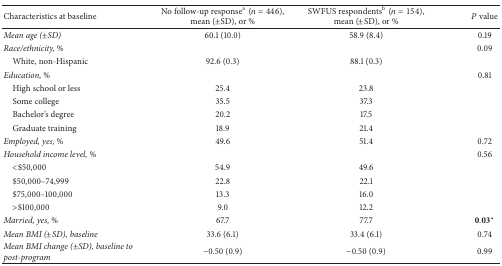
<table><thead><tr><td><b>Characteristics at baseline</b></td><td><b>No follow-up response<sup>a</sup>(<i>n</i> = 446),mean (±SD), or %</b></td><td><b>SWFUS respondents<sup>b</sup>(<i>n</i> = 154),mean (±SD), or %</b></td><td><b><i>P</i> value</b></td></tr></thead><tbody><tr><td><i>Mean age (±SD)</i></td><td>60.1 (10.0)</td><td>58.9 (8.4)</td><td>0.19</td></tr><tr><td><i>Race/ethnicity, %</i></td><td> </td><td> </td><td>0.09</td></tr><tr><td> White, non-Hispanic</td><td>92.6 (0.3)</td><td>88.1 (0.3)</td><td> </td></tr><tr><td><i>Education, %</i></td><td> </td><td> </td><td>0.81</td></tr><tr><td> High school or less</td><td>25.4</td><td>23.8</td><td> </td></tr><tr><td> Some college</td><td>35.5</td><td>37.3</td><td> </td></tr><tr><td> Bachelor&#x27;s degree</td><td>20.2</td><td>17.5</td><td> </td></tr><tr><td> Graduate training</td><td>18.9</td><td>21.4</td><td> </td></tr><tr><td><i>Employed, yes, %</i></td><td>49.6</td><td>51.4</td><td>0.72</td></tr><tr><td><i>Household income level, %</i></td><td> </td><td> </td><td>0.56</td></tr><tr><td> &lt;$50,000</td><td>54.9</td><td>49.6</td><td> </td></tr><tr><td> $50,000–74,999</td><td>22.8</td><td>22.1</td><td> </td></tr><tr><td> $75,000–100,000</td><td>13.3</td><td>16.0</td><td> </td></tr><tr><td> &gt;$100,000</td><td>9.0</td><td>12.2</td><td> </td></tr><tr><td><i>Married, yes, %</i></td><td>67.7</td><td>77.7</td><td>0.03<sup><i>∗</i></sup></td></tr><tr><td><i>Mean BMI (±SD), baseline</i></td><td>33.6 (6.1)</td><td>33.4 (6.1)</td><td>0.74</td></tr><tr><td><i>Mean BMI change (±SD), baseline to post-program</i></td><td>−0.50 (0.9)</td><td>−0.50 (0.9)</td><td>0.99</td></tr></tbody></table>